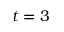
t = 3